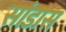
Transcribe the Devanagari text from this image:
सांडास